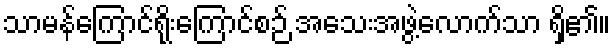
သာမန်ကြောင်ရိုးကြောင်စဉ် အသေးအဖွဲ့လောက်သာ ရှိ၏။